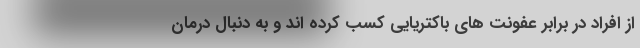
از افراد در برابر عفونت های باکتریایی کسب کرده اند و به دنبال درمان